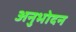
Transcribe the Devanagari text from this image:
अनुभोदन